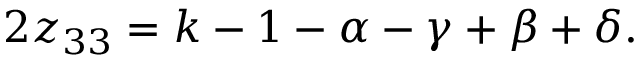
2 z _ { 3 3 } = k - 1 - \alpha - \gamma + \beta + \delta .